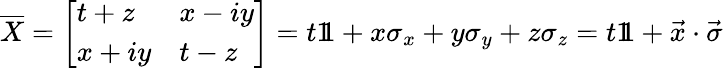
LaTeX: {\overline{{X}}}={\left[\begin{array}{ll}{t+z}&{x-iy}\\ {x+iy}&{t-z}\end{array}\right]}=t1\! \! 1+x\sigma_{x}+y\sigma_{y}+z\sigma_{z}=t1\! \! 1+{\vec{x}}\cdot{\vec{\sigma}}